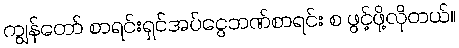
ကျွန်တော် စာရင်းရှင်အပ်ငွေဘဏ်စာရင်း စ ဖွင့်ဖို့လိုတယ်။